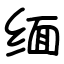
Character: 缅